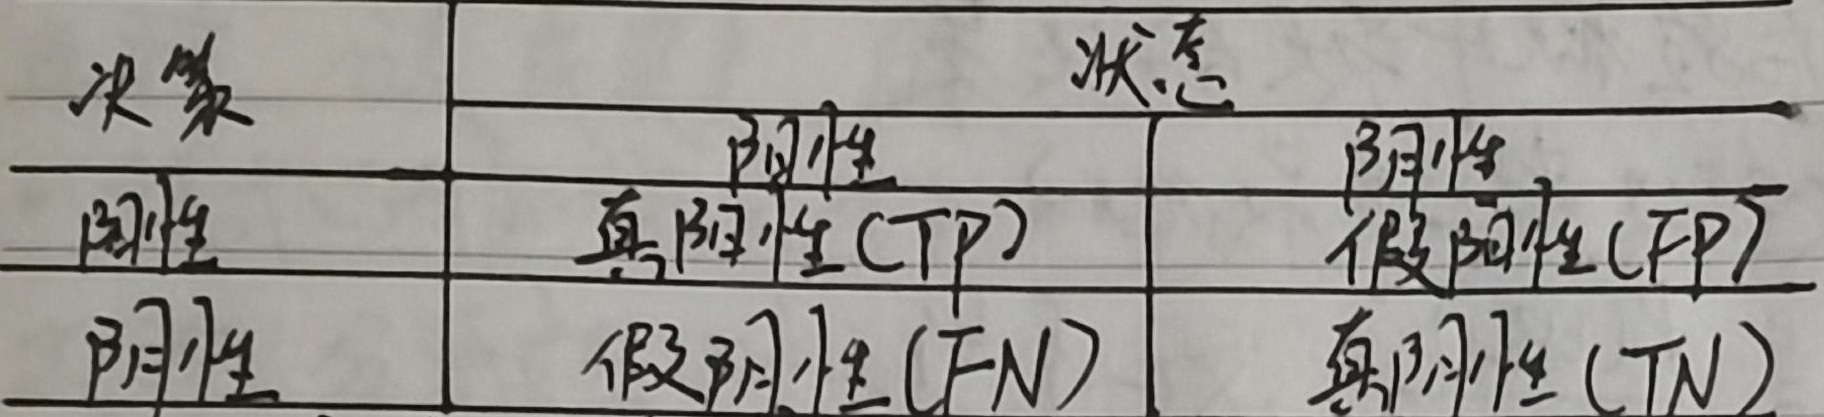
\begin{tabular}{|l|l|l|}
\hline
决策 & 状态 &  \\
\hline
阳性 & 阳性 & 阴性 \\
阴性 & \text{真阳性(TP)} & \text{假阳性(FP)} \\
阴性 & \text{假阴性(FN)} & \text{真阴性(TN)} \\
\hline
\end{tabular}